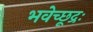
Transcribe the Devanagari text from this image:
भवेच्छूद्रः